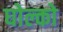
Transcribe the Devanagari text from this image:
घोल्को